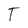
Character: T